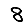
Digit: 8